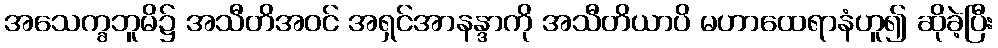
အသေက္ခဘူမိ၌ အသီတိအဝင် အရှင်အာနန္ဒာကို အသီတိယာပိ မဟာထေရာနံဟူ၍ ဆိုခဲ့ပြီး